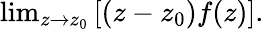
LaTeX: \begin{array}{r}{\operatorname*{lim}_{z\rightarrow z_{0}}\left[(z-z_{0})f(z)\right].}\end{array}